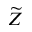
\widetilde { Z }